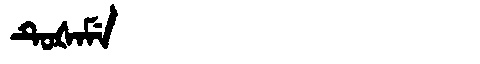
Manchu: ᡨᡠᡧᠠᠮᡝ
Romanization: TUŠAME